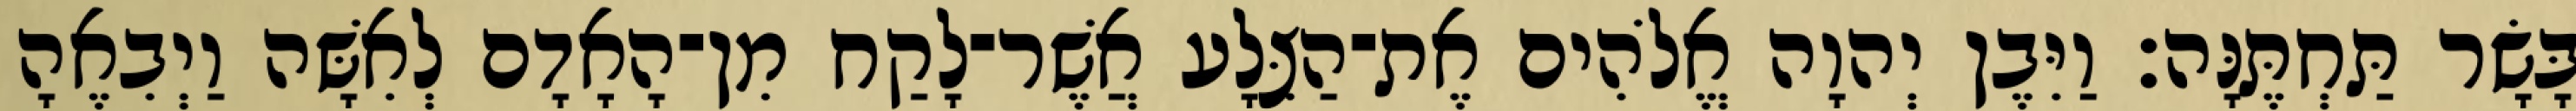
בָּשָׂר תַּחְתֶּנָּה׃ וַיִּבֶן יְהוָה אֱלֹהִים אֶת־הַצֵּלָע אֲשֶׁר־לָקַח מִן־הָאָדָם לְאִשָּׁה וַיְבִאֶהָ